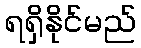
ရရှိနိုင်မည်